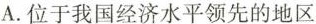
A.位于我国经济水平领先的地区